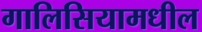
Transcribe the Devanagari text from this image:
गालिसियामधील